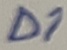
Text: D1